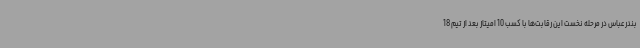
بندرعباس در مرحله نخست این رقابت‌ها با کسب 10 امیتاز بعد از تیم 18